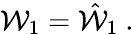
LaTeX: {\cal W}_{1}=\hat{{\cal W}}_{1}\ .